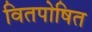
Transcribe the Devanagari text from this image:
वितपोषित